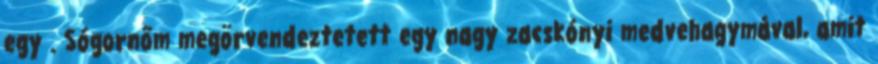
egy . Sógornőm megörvendeztetett egy nagy zacskónyi medvehagymával, amit